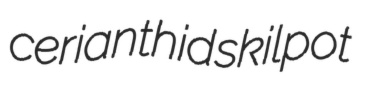
cerianthid skilpot